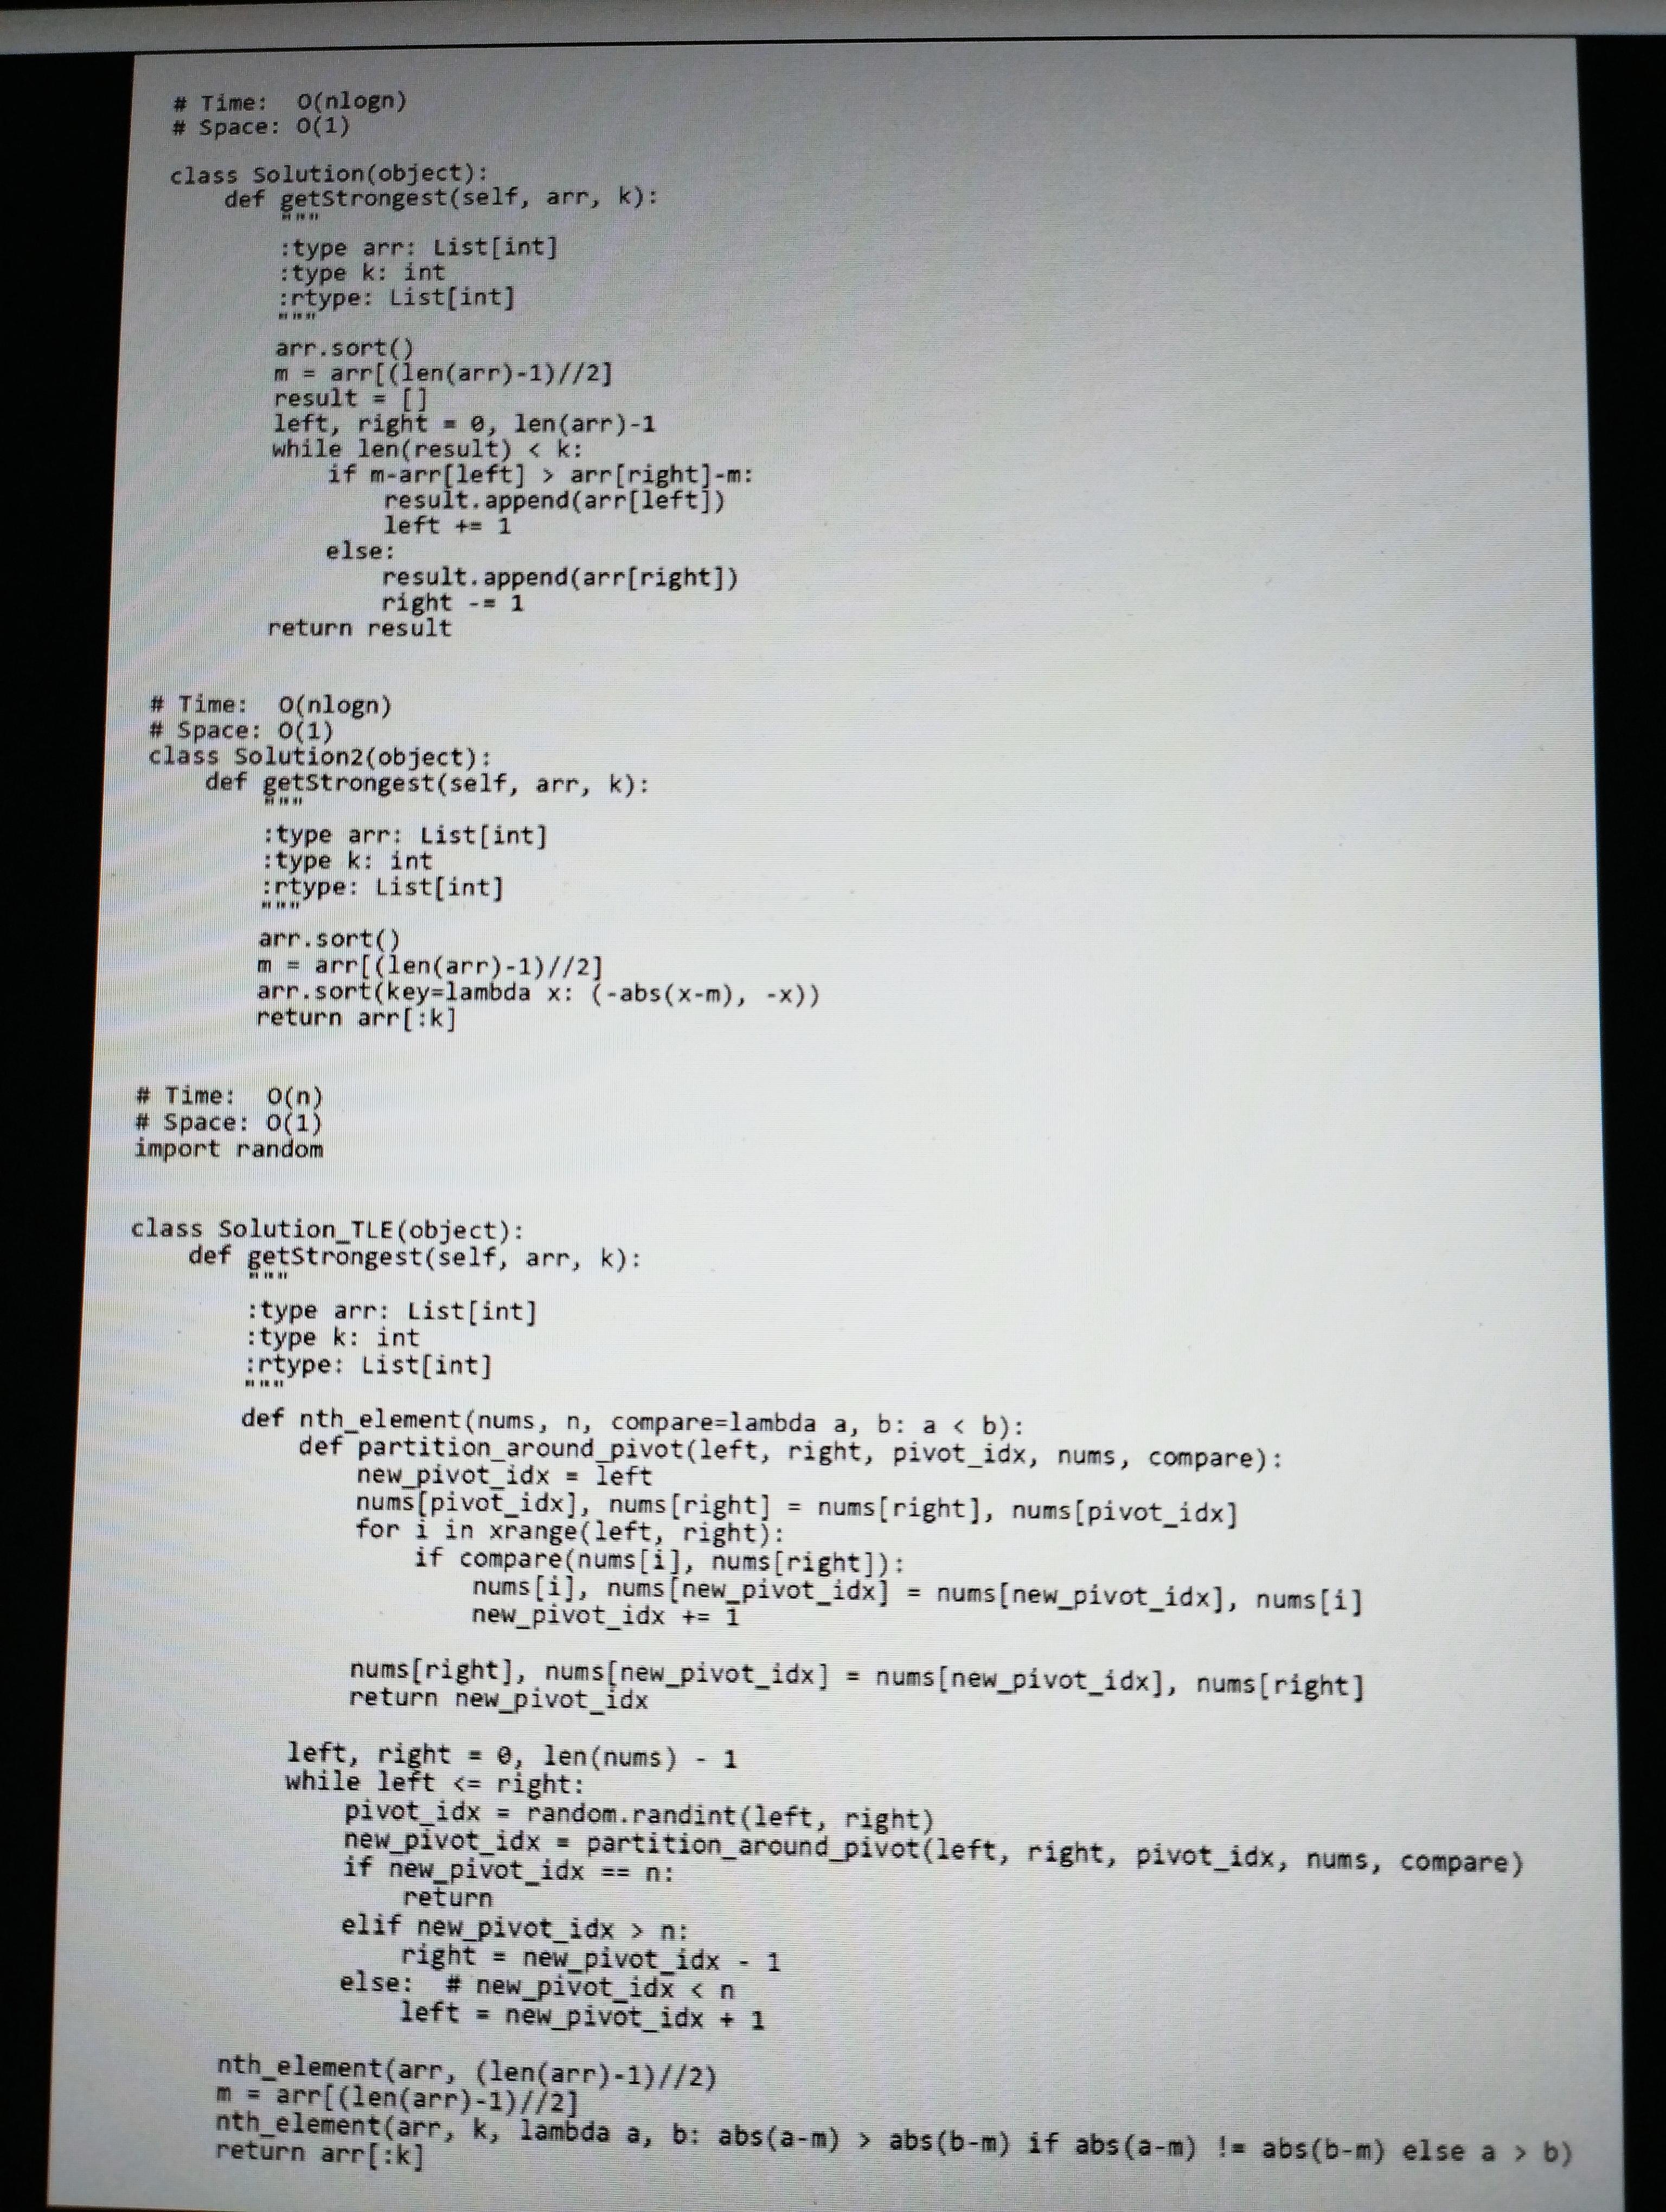
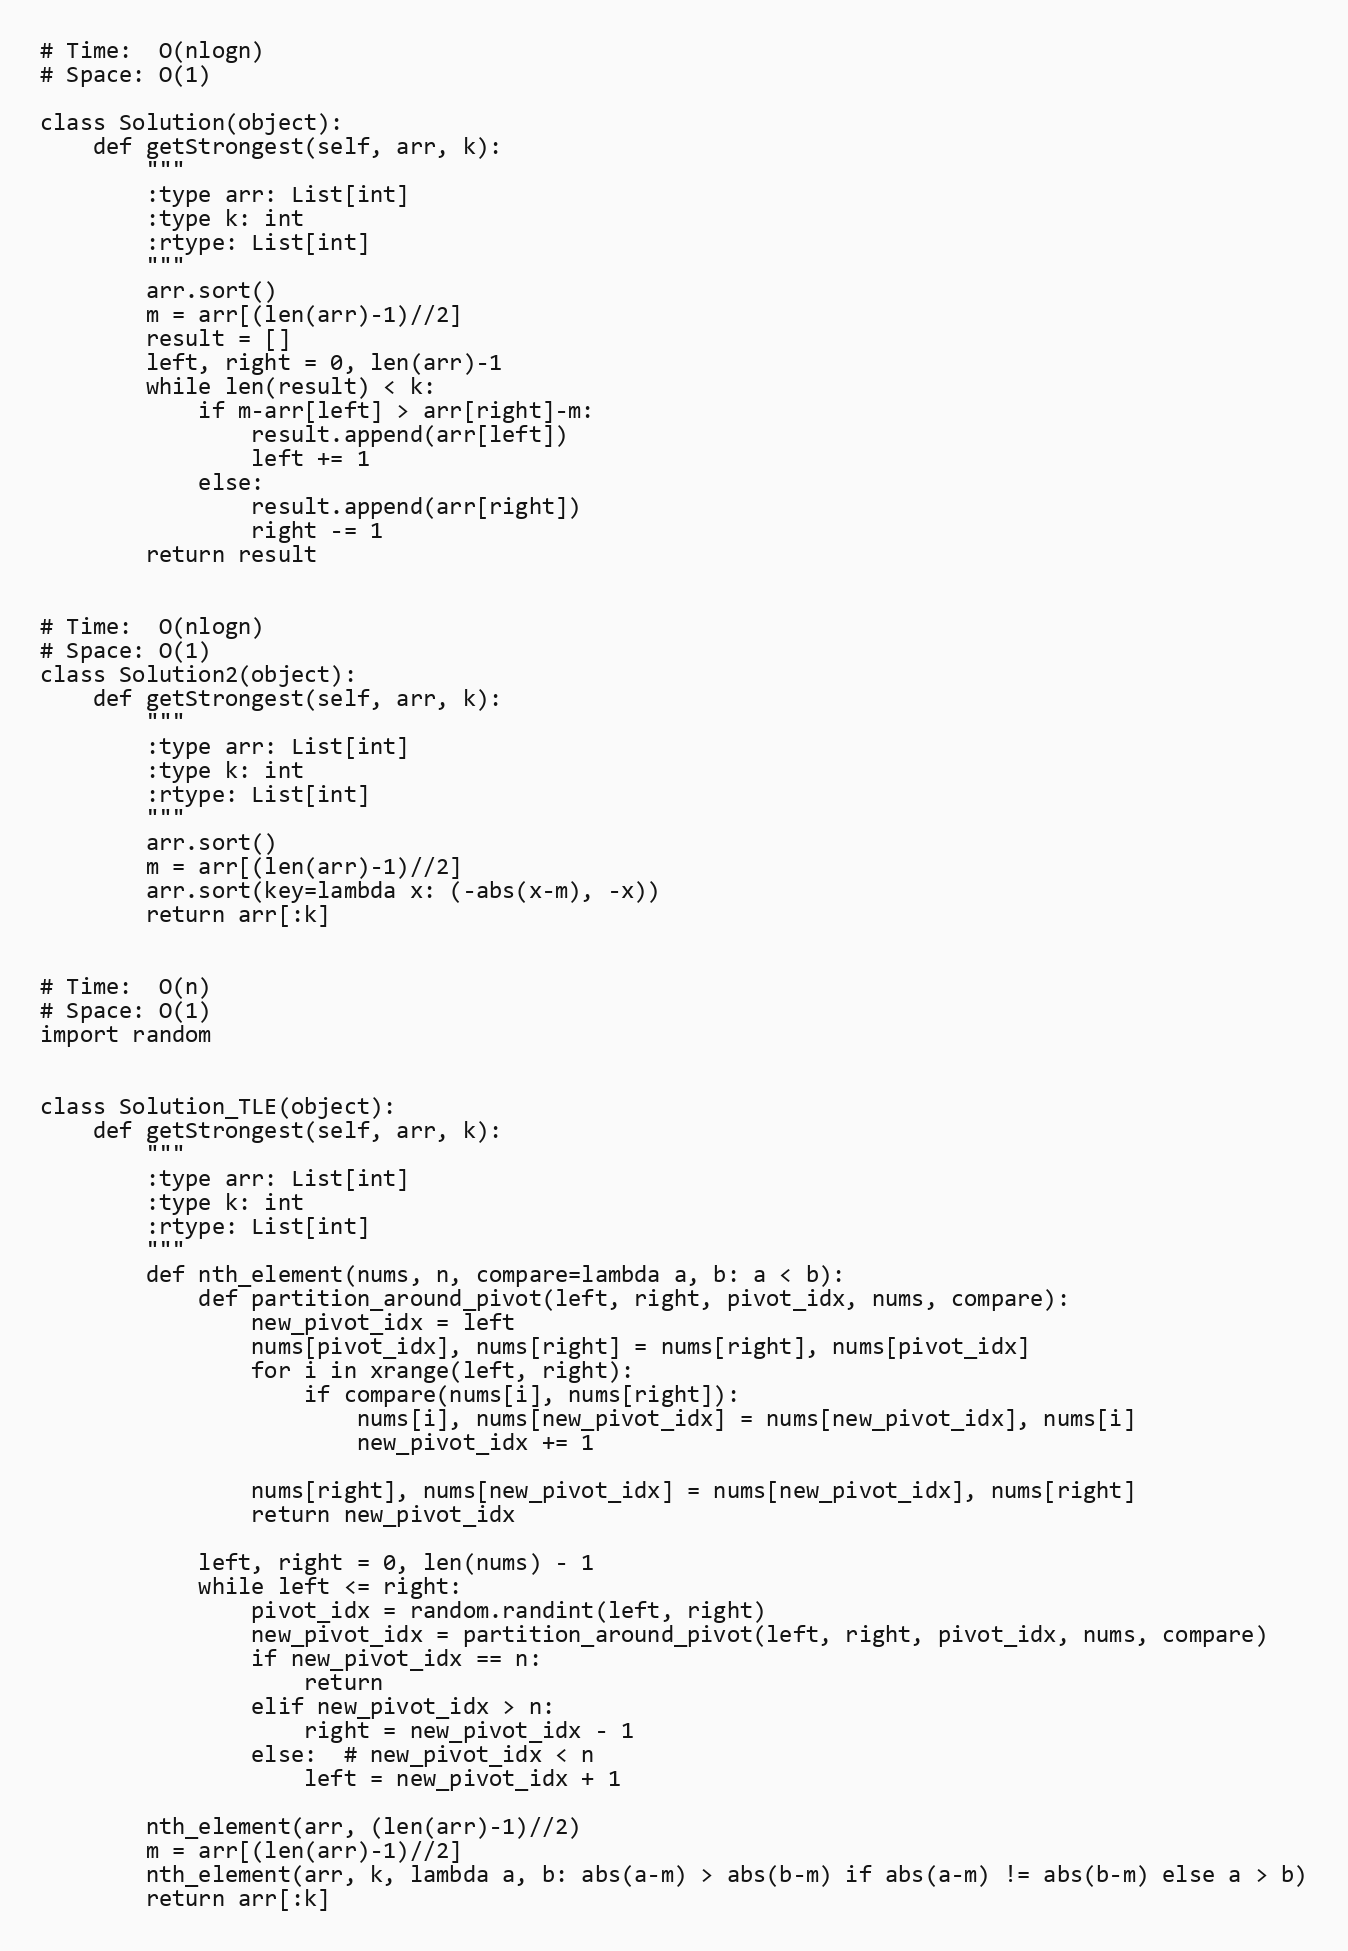
# Time:  O(nlogn)
# Space: O(1)

class Solution(object):
    def getStrongest(self, arr, k):
        """
        :type arr: List[int]
        :type k: int
        :rtype: List[int]
        """
        arr.sort()
        m = arr[(len(arr)-1)//2]
        result = []
        left, right = 0, len(arr)-1
        while len(result) < k:
            if m-arr[left] > arr[right]-m:
                result.append(arr[left])
                left += 1
            else:
                result.append(arr[right])
                right -= 1
        return result

# Time:  O(nlogn)
# Space: O(1)
class Solution2(object):
    def getStrongest(self, arr, k):
        """
        :type arr: List[int]
        :type k: int
        :rtype: List[int]
        """
        arr.sort()
        m = arr[(len(arr)-1)//2]
        arr.sort(key=lambda x: (-abs(x-m), -x))
        return arr[:k]

# Time:  O(n)
# Space: O(1)
import random

class Solution_TLE(object):
    def getStrongest(self, arr, k):
        """
        :type arr: List[int]
        :type k: int
        :rtype: List[int]
        """
        def nth_element(nums, n, compare=lambda a, b: a < b):
            def partition_around_pivot(left, right, pivot_idx, nums, compare):
                new_pivot_idx = left
                nums[pivot_idx], nums[right] = nums[right], nums[pivot_idx]
                for i in xrange(left, right):
                    if compare(nums[i], nums[right]):
                        nums[i], nums[new_pivot_idx] = nums[new_pivot_idx], nums[i]
                        new_pivot_idx += 1

                nums[right], nums[new_pivot_idx] = nums[new_pivot_idx], nums[right]
                return new_pivot_idx

            left, right = 0, len(nums) - 1
            while left <= right:
                pivot_idx = random.randint(left, right)
                new_pivot_idx = partition_around_pivot(left, right, pivot_idx, nums, compare)
                if new_pivot_idx == n:
                    return
                elif new_pivot_idx > n:
                    right = new_pivot_idx - 1
                else:  # new_pivot_idx < n
                    left = new_pivot_idx + 1

        nth_element(arr, (len(arr)-1)//2)
        m = arr[(len(arr)-1)//2]
        nth_element(arr, k, lambda a, b: abs(a-m) > abs(b-m) if abs(a-m) != abs(b-m) else a > b)
        return arr[:k]